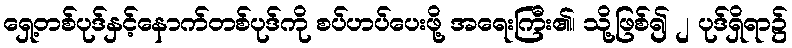
ရှေ့တစ်ပုဒ်နှင့်နောက်တစ်ပုဒ်ကို စပ်ဟပ်ပေးဖို့ အရေးကြီး၏၊ သို့ဖြစ်၍ ၂ ပုဒ်ရှိရာ၌